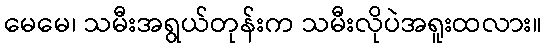
မေမေ၊ သမီးအရွယ်တုန်းက သမီးလိုပဲအရူးထလား။